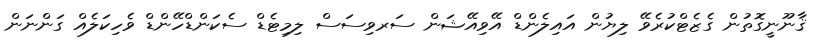
ޤާނޫނީގޮތުން ގެޒެޓްކުރެވޭ ލިޔުން އައިލެންޑް އޭވިއޭޝަން ސަރވިސަސް ލިމިޓެޑް ސެކަންޑްހޭންޑް ވެހިކަލެއް ގަންނަން